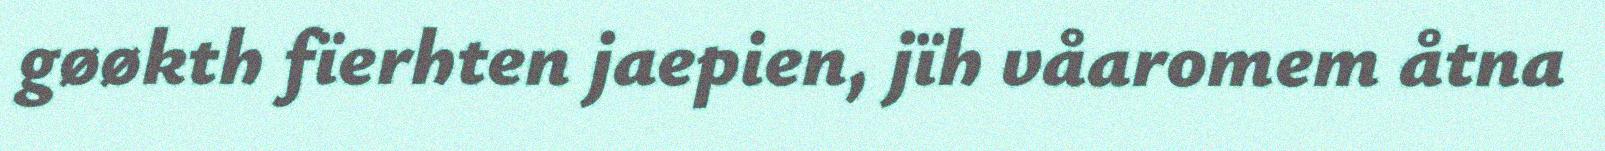
gøøkth fïerhten jaepien, jïh våaromem åtna